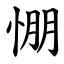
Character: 㥊